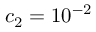
c _ { 2 } = 1 0 ^ { - 2 }